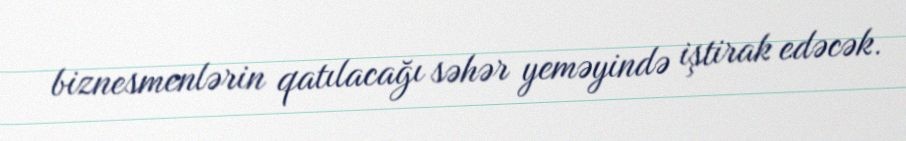
biznesmenlərin qatılacağı səhər yeməyində iştirak edəcək.